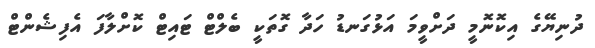
ދުނިޔޭގެ އިކޮނޮމީ ދަށްވީމަ އަޅުގަނޑު ހަދާ ގޮތަކީ ބެލްޓް ޓައިޓް ކޮށްލާފަ އެފިޝެންޓް